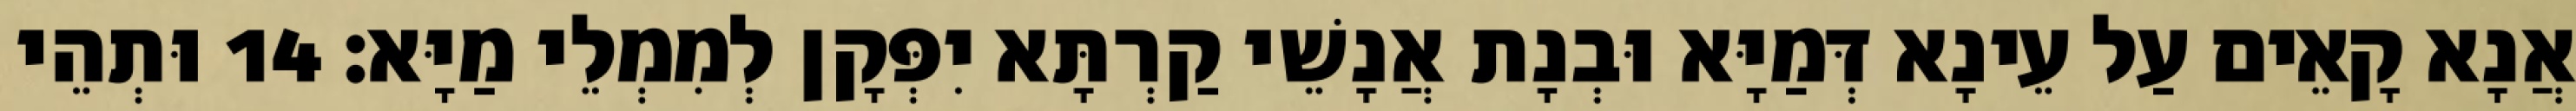
אֲנָא קָאֵים עַל עֵינָא דְּמַיָּא וּבְנָת אֲנָשֵׁי קַרְתָּא יִפְּקָן לְמִמְלֵי מַיָּא׃ 14 וּתְהֵי